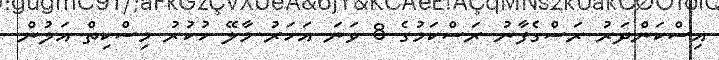
އިސްކަންދަރު ރަސްގެފާނު ރަސްކަމުގެ 8 ވަނަ އަހަރު މާލޭ ހުކުރު މިސްކިތް އަލުން